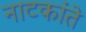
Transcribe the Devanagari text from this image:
नाटकांते